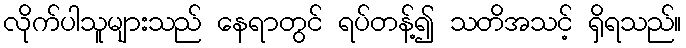
လိုက်ပါသူများသည် နေရာတွင် ရပ်တန့်၍ သတိအသင့် ရှိရသည်။